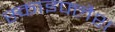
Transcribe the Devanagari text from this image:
स्काइफ्लैश